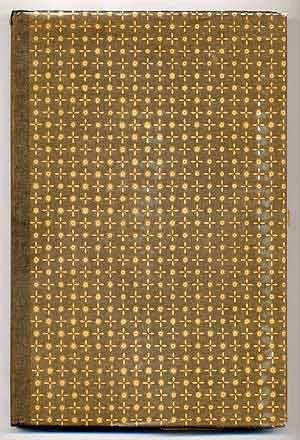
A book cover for Elias Boudinot's journey to Boston in 1809; Elias Boudinot; Travel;